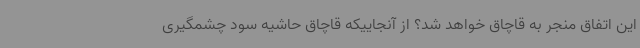
این اتفاق منجر به قاچاق خواهد شد؟ از آنجاییکه قاچاق حاشیه سود چشمگیری